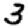
Digit: 3